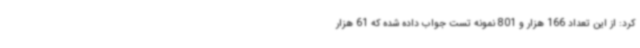
کرد: از این تعداد 166 هزار و 801 نمونه تست جواب داده شده که 61 هزار